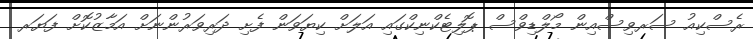
ރެސްކިއު ސަރވިސްއިން މޯލްޑިވްސް ޕޮލިޓެކްނިކްގައި އަލަށް ކިޔަވަން ފެށި ދަރިވަރުންނަށް އަމާޒުކޮށް ފަޔަރ